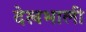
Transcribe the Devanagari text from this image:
देखभाली